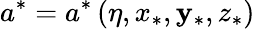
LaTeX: a^{\ast}=a^{\ast}\left(\eta,x_{\ast},\mathbf{y}_{\ast},z_{\ast}\right)